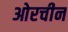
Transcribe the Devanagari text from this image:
ओरचीन